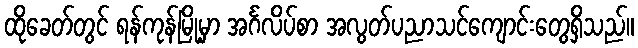
ထိုခေတ်တွင် ရန်ကုန်မြို့မှာ အင်္ဂလိပ်စာ အလွတ်ပညာသင်ကျောင်းတွေရှိသည်။